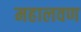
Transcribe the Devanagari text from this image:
महालवण